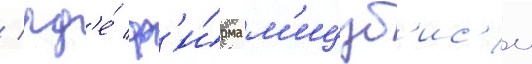
/ гд'е́ ф'и́рма м'ицуб'ис'и